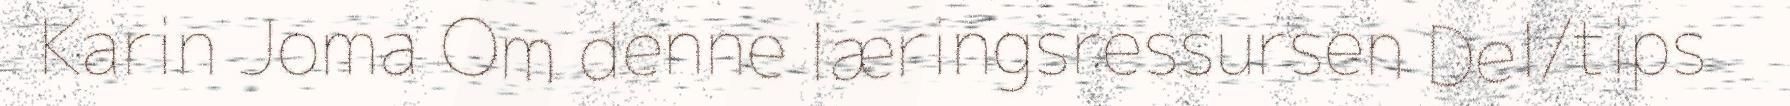
Karin Joma Om denne læringsressursen Del/tips